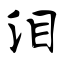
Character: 泪